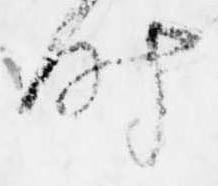
時